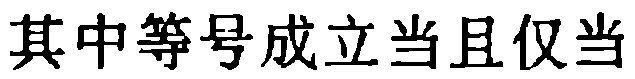
其中等号成立当且仅当